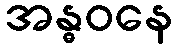
အန္ဓဝနေ